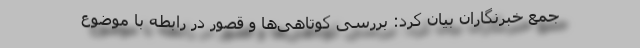
جمع خبرنگاران بیان کرد: بررسی کوتاهی‌ها و قصور در رابطه با موضوع